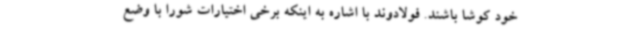
خود کوشا باشند. فولادوند با اشاره به اینکه برخی اختیارات شورا با وضع